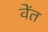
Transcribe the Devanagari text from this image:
वेंत